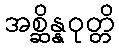
အစ္ဆိန္နဝုတ္တိ